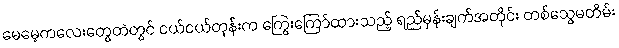
မေမေ့ကလေးတွေထဲတွင် ငယ်ငယ်တုန်းက ကြွေးကြော်ထားသည့် ရည်မှန်းချက်အတိုင်း တစ်သွေမတိမ်း